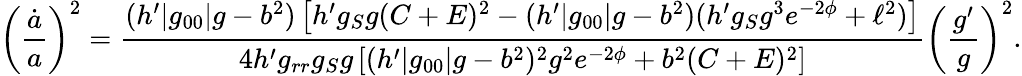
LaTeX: \left({\frac{\dot{a}}{a}}\right)^{2}={\frac{(h^{\prime}|g_{00}|g-b^{2})\left[h^{\prime}g_{S}g(C+E)^{2}-(h^{\prime}|g_{00}|g-b^{2})(h^{\prime}g_{S}g^{3}e^{-2\phi}+\ell^{2})\right]}{4h^{\prime}g_{rr}g_{S}g\left[(h^{\prime}|g_{00}|g-b^{2})^{2}g^{2}e^{-2\phi}+b^{2}(C+E)^{2}\right]}}\left({\frac{g^{\prime}}{g}}\right)^{2}.